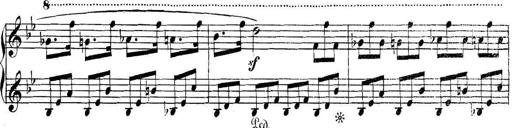
Title: Collected Piano Sonatas
Composer: Muzio Clementi